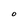
Character: O